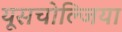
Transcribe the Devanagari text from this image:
यूसचोल्जिया